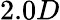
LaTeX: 2.0D